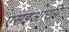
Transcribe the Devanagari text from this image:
एसइआरपि